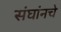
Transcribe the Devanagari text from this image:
संघांनचे